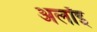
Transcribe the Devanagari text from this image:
अलॉइ